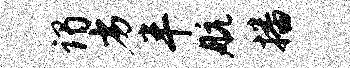
谒劣半航播